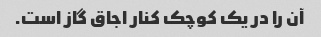
آن را در یک کوچک کنار اجاق گاز است.